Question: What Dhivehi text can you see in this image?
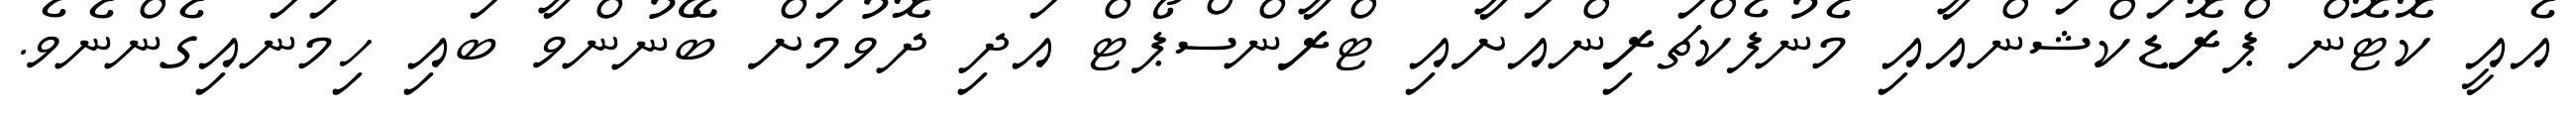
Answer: އެއީ ކޮޓޮން ޕްރޮޑަކްޝަންއާއި މެނުފެކްޗަރިންއަށާއި ޓްރާންސްޕޯޓް އަދި ދޮވުމަށް ބޭނުންވާ ބައި ހިމަނައިގެންނެވެ.